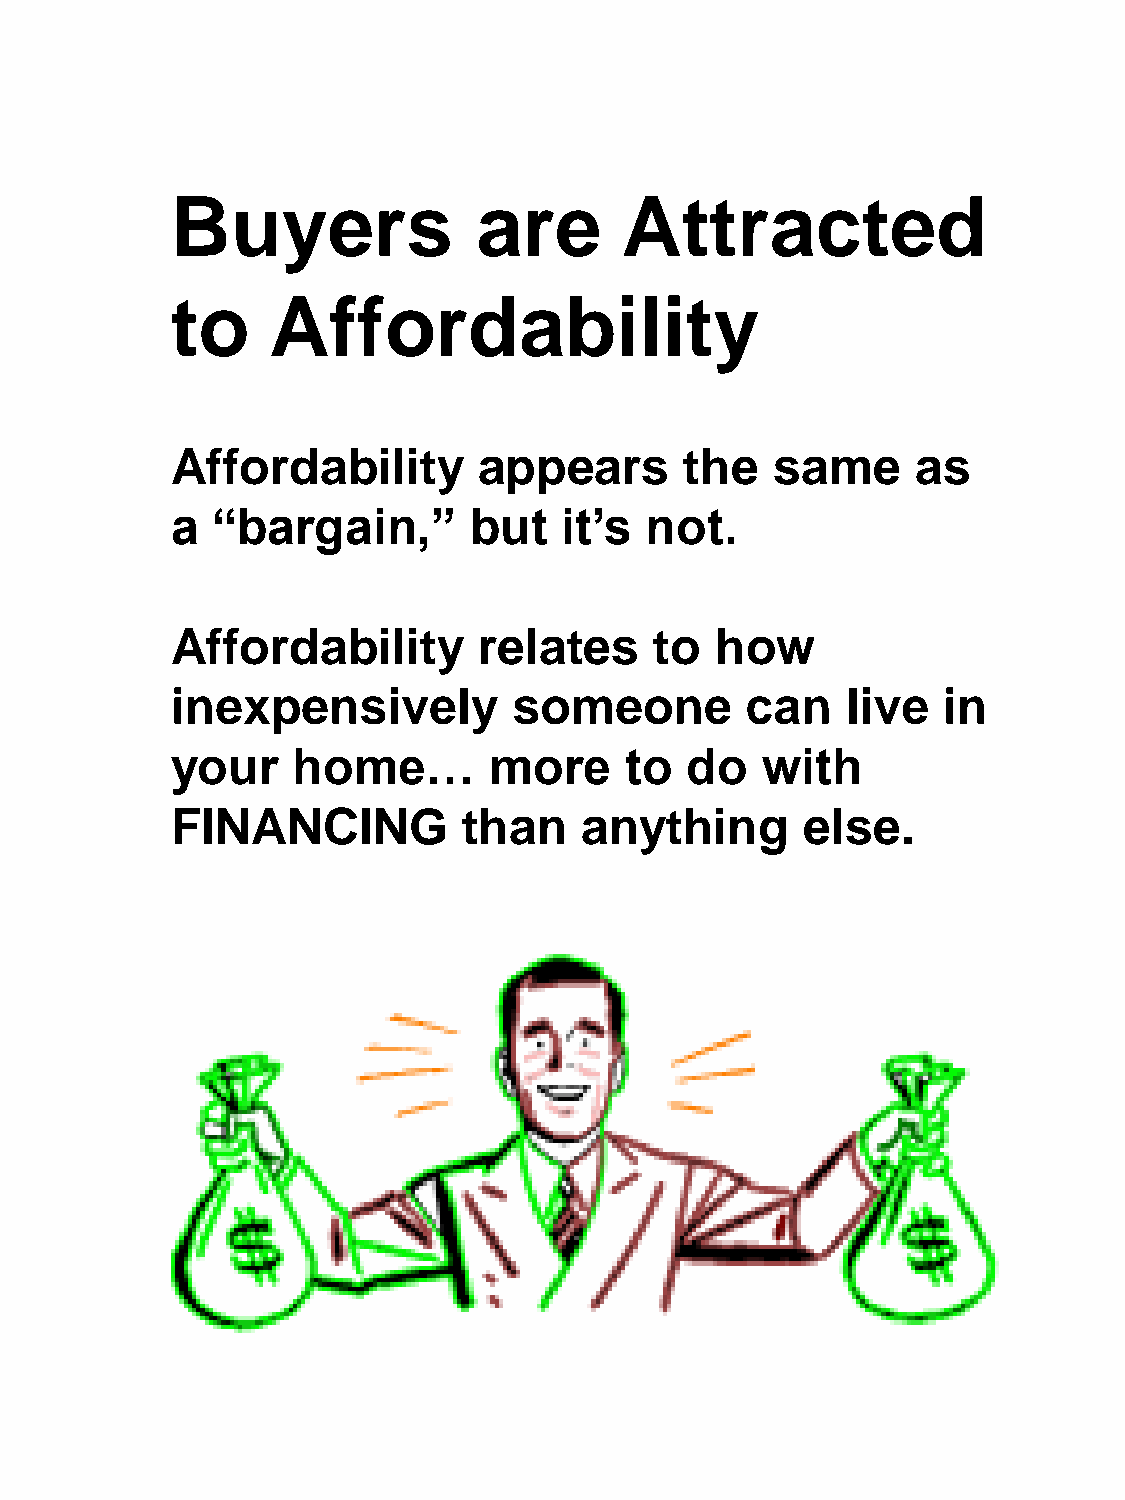
Buyers               are      Attracted
 to     Affordability
 Affordability        appears      the   same      as
 a  “bargain,”       but   it’s  not.
 Affordability        relates    to  how
 inexpensively          someone        can    live  in
 your    home…        more     to  do   with
 FINANCING           than    anything      else.